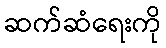
ဆက်ဆံရေးကို